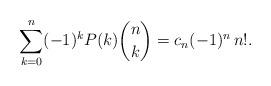
LaTeX: \begin{align*}\sum_{k=0}^n (-1)^kP(k){n\choose k}=c_n(-1)^n\,n!.\end{align*}